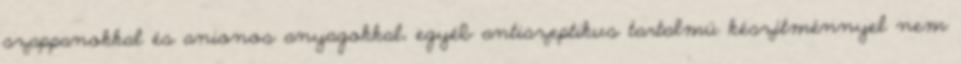
szappanokkal és anionos anyagokkal, egyéb antiszeptikus tartalmú készítménnyel nem